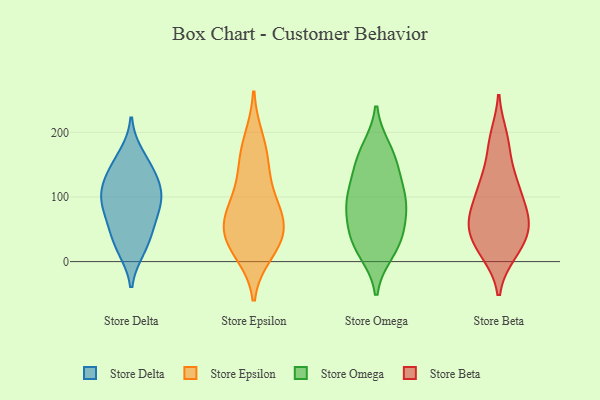
{"axis": {"x": "Revenue (USD Million)", "y": "Value"}, "legend": ["Store Beta", "Store Delta", "Store Epsilon", "Store Omega"], "data": [{"x": "", "y": 59, "type": "Store Delta"}, {"x": "", "y": 164, "type": "Store Delta"}, {"x": "", "y": 20, "type": "Store Delta"}, {"x": "", "y": 143, "type": "Store Delta"}, {"x": "", "y": 87, "type": "Store Delta"}, {"x": "", "y": 52, "type": "Store Delta"}, {"x": "", "y": 116, "type": "Store Delta"}, {"x": "", "y": 25, "type": "Store Delta"}, {"x": "", "y": 138, "type": "Store Delta"}, {"x": "", "y": 98, "type": "Store Delta"}, {"x": "", "y": 90, "type": "Store Delta"}, {"x": "", "y": 108, "type": "Store Delta"}, {"x": "", "y": 95, "type": "Store Epsilon"}, {"x": "", "y": 70, "type": "Store Epsilon"}, {"x": "", "y": 188, "type": "Store Epsilon"}, {"x": "", "y": 38, "type": "Store Epsilon"}, {"x": "", "y": 140, "type": "Store Epsilon"}, {"x": "", "y": 38, "type": "Store Epsilon"}, {"x": "", "y": 15, "type": "Store Epsilon"}, {"x": "", "y": 60, "type": "Store Epsilon"}, {"x": "", "y": 160, "type": "Store Epsilon"}, {"x": "", "y": 28, "type": "Store Epsilon"}, {"x": "", "y": 82, "type": "Store Epsilon"}, {"x": "", "y": 45, "type": "Store Omega"}, {"x": "", "y": 81, "type": "Store Omega"}, {"x": "", "y": 117, "type": "Store Omega"}, {"x": "", "y": 85, "type": "Store Omega"}, {"x": "", "y": 172, "type": "Store Omega"}, {"x": "", "y": 17, "type": "Store Omega"}, {"x": "", "y": 160, "type": "Store Omega"}, {"x": "", "y": 151, "type": "Store Omega"}, {"x": "", "y": 101, "type": "Store Omega"}, {"x": "", "y": 90, "type": "Store Omega"}, {"x": "", "y": 31, "type": "Store Omega"}, {"x": "", "y": 30, "type": "Store Omega"}, {"x": "", "y": 24, "type": "Store Beta"}, {"x": "", "y": 14, "type": "Store Beta"}, {"x": "", "y": 18, "type": "Store Beta"}, {"x": "", "y": 49, "type": "Store Beta"}, {"x": "", "y": 63, "type": "Store Beta"}, {"x": "", "y": 54, "type": "Store Beta"}, {"x": "", "y": 89, "type": "Store Beta"}, {"x": "", "y": 128, "type": "Store Beta"}, {"x": "", "y": 70, "type": "Store Beta"}, {"x": "", "y": 179, "type": "Store Beta"}, {"x": "", "y": 116, "type": "Store Beta"}, {"x": "", "y": 63, "type": "Store Beta"}, {"x": "", "y": 120, "type": "Store Beta"}, {"x": "", "y": 192, "type": "Store Beta"}]}